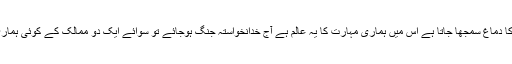
خارجہ پالیسی کسی بھی ملک کا دماغ سمجھا جاتا ہے اس میں ہماری مہارت کا یہ عالم ہے آج خدانخواستہ جنگ ہوجائے تو سوائے ایک دو ممالک کے کوئی ہماری اخلاقی حمایت بھی نہ کرے۔